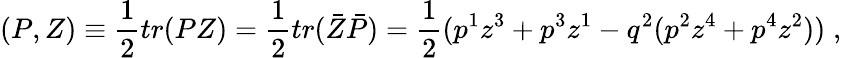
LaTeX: (P,Z)\equiv\frac{1}{2}tr(PZ)=\frac{1}{2}tr(\bar{Z}\bar{P})=\frac{1}{2}(p^{1}z^{3}+p^{3}z^{1}-q^{2}(p^{2}z^{4}+p^{4}z^{2}))\; ,